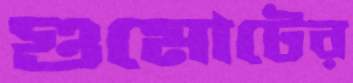
গুমোটের